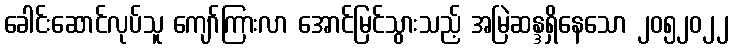
ခေါင်းဆောင်လုပ်သူ ကျော်ကြားလာ အောင်မြင်သွားသည့် အမြဲဆန္ဒရှိနေသော ၂၀၅၂၀၂၂